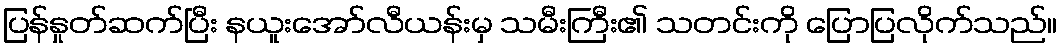
ပြန်နှုတ်ဆက်ပြီး နယူးအော်လီယန်းမှ သမီးကြီး၏ သတင်းကို ပြောပြလိုက်သည်။